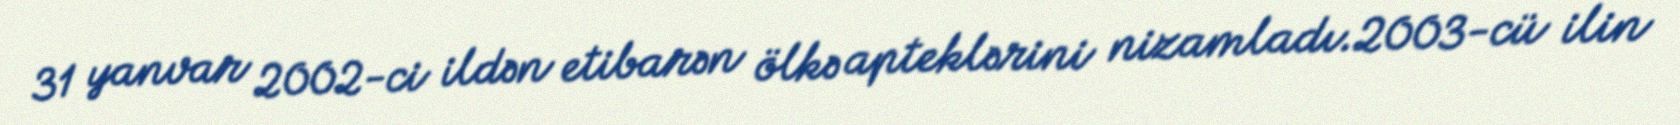
31 yanvar 2002-ci ildən etibarən ölkə apteklərini nizamladı.2003-cü ilin